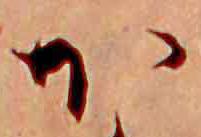
か